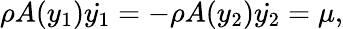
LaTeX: \rho A(y_{1})\dot{y_{1}}=-\rho A(y_{2})\dot{y_{2}}=\mu,